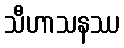
သီဟာသနဿ